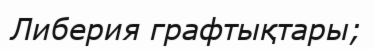
Либерия графтықтары;